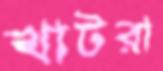
খাটরা